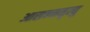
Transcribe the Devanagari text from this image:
आसन्नमृत्यु